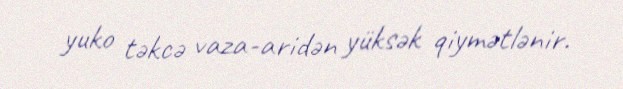
yuko təkcə vaza-aridən yüksək qiymətlənir.